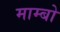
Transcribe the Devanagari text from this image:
माम्बो